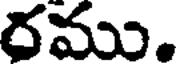
రము.